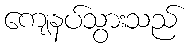
ကျေနပ်သွားသည်